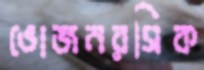
ভোজনরসিক